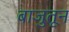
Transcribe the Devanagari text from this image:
बाजुतून